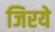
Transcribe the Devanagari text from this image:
जिरये